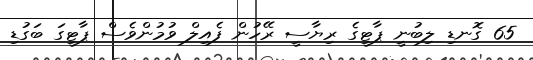
65 ގޮނޑި ލިބުނީ ޕާޓީގެ ރިޔާސީ ރޭހުން ފެއިލް ވުމުންވެސް ޕާޓީގަ ބަގުޑި